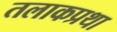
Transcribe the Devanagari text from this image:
तलाकप्रथा